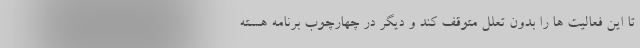
تا این فعالیت ها را بدون تعلل متوقف کند و دیگر در چهارچوب برنامه هسته